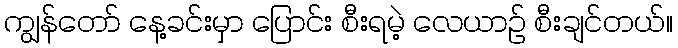
ကျွန်တော် နေ့ခင်းမှာ ပြောင်း စီးရမဲ့ လေယာဉ် စီးချင်တယ်။